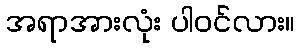
အရာအားလုံး ပါဝင်လား။